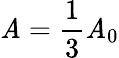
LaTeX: \mathit{A}=\frac{{1}}{{3}}\mathit{A}_{0}